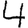
Digit: 4